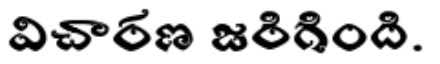
విచారణ జరిగింది.